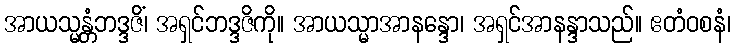
အာယသ္မန္တံဘဒ္ဒဇိံ၊ အရှင်ဘဒ္ဒဇိကို။ အာယသ္မာအာနန္ဒော၊ အရှင်အာနန္ဒာသည်။ ဧတံဝစနံ၊